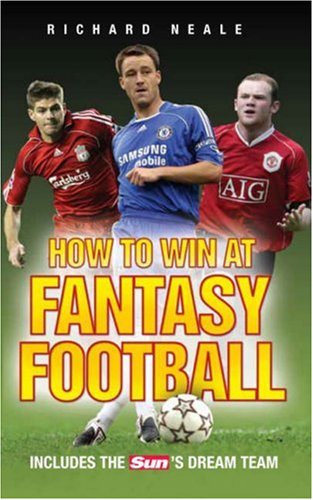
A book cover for How to Win at Fantasy Football: Includes The Sun's Dream Team; Richard Neale; Humor & Entertainment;